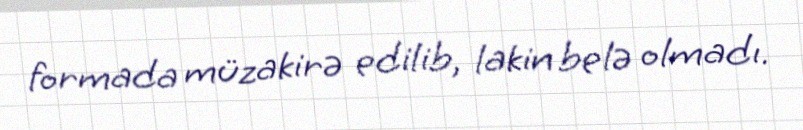
formada müzakirə edilib, lakin belə olmadı.